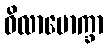
ဝိလာမောက္ခာ